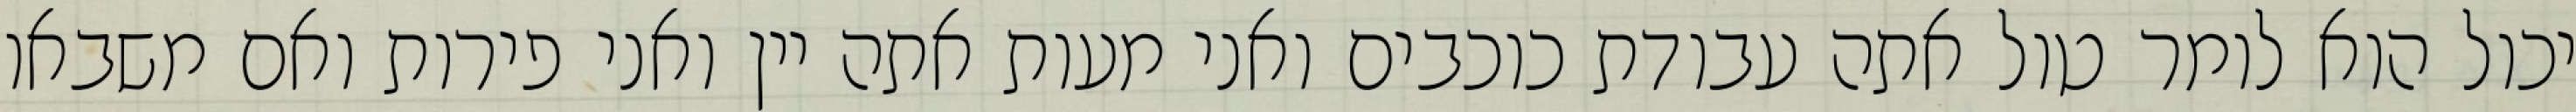
יכול הוא לומר טול אתה עבודת כוכבים ואני מעות אתה יין ואני פירות ואם משבאו